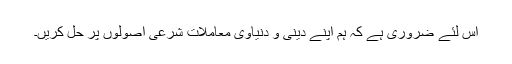
اس لئے ضروری ہے کہ ہم اپنے دینی و دنیاوی معاملات شرعی اصولوں پر حل کریں۔